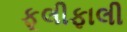
ફૂલીફાલી